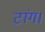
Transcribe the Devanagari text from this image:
टांग।